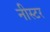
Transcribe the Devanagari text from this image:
नीस्टर